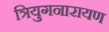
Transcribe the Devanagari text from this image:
त्रियुगनारायण